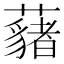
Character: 𮒱